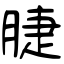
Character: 脻